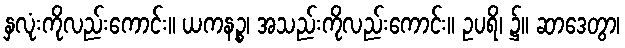
နှလုံးကိုလည်းကောင်း။ ယကနဉ္စ၊ အသည်းကိုလည်းကောင်း။ ဥပရိ၊ ၌။ ဆာဒေတွာ၊